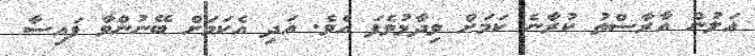
އަލުން އާރާސްތު ކުރާނެ ކަމަށް ވިދާޅުވެފަ އެވެ. އަދި އެކަމަށް ބޭނުންވާ ފައިސާ